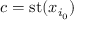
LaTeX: c = \mathrm { s t } ( x _ { i _ { 0 } } )